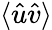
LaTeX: \langle\hat{u}\hat{v}\rangle